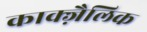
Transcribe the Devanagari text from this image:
काक्ज़ैलिक